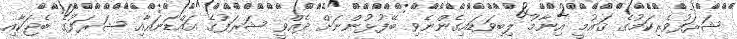
ޝަރަފުވެރިކަމުގެ ޤައުމީ އިނާމު ލިބިވަޑައިގެންނެވި ބޭފުޅުންނަށް ދެއްވީ ޝަރަފުގެ އައްޑަނައާއި ޝަރަފުގެ ބެޖަކާއި